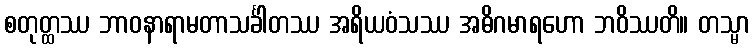
စတုတ္ထဿ ဘာဝနာရာမတာသင်္ခါတဿ အရိယဝံသဿ အဓိဂမာရဟော ဘဝိဿတိ။ တသ္မာ